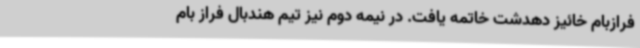
فرازبام خائیز دهدشت خاتمه یافت. در نیمه دوم نیز تیم هندبال فراز بام